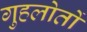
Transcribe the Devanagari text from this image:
गुहलोतों